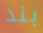
بند